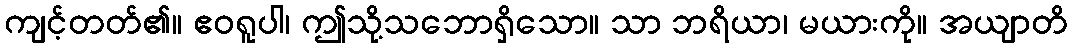
ကျင့်တတ်၏။ ဧဝရူပါ၊ ဤသို့သဘောရှိသော။ သာ ဘရိယာ၊ မယားကို။ အယျာတိ